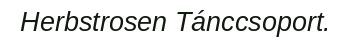
Herbstrosen Tánccsoport.